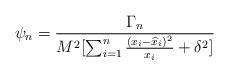
LaTeX: \begin{align*}\psi_n= {\Gamma_n\over M^2[\sum_{i=1}^n {(x_i-{\widehat x}_i)^2\over x_i} + \delta^2]}\end{align*}